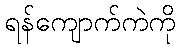
ရန်ကျောက်ကဲကို